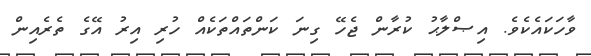
ވާހަކައެކެވެ. އިޞްލާޙު ކުރާން ޖެހޭ ގިނަ ކަންތައްތަކެއް ހުރި އިރު އޭގެ ތެރެއިން